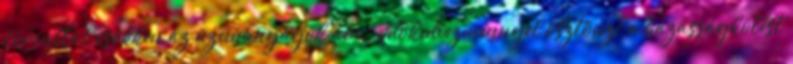
forinttal csökken az üzemanyagok ára Adókedvezménnyel ösztönzi a házasságkötést